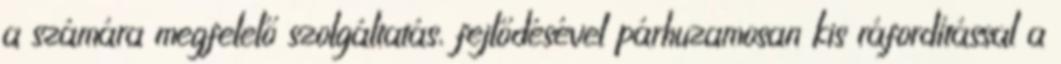
a számára megfelelő szolgáltatás, fejlődésével párhuzamosan kis ráfordítással a